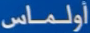
أولماس